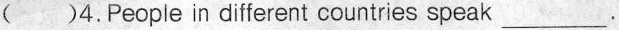
()4.People in different countries speak___.